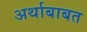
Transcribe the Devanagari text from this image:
अर्थाबाबत